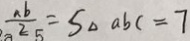
\frac { a b } { 2 } = S _ { \Delta } a b c = 7